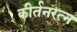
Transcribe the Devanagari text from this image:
कीर्तनरत्‍न